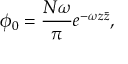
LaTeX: \phi _ { 0 } = { \frac { N \omega } { \pi } } e ^ { - \omega z \bar { z } } ,